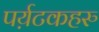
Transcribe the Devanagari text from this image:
पर्य़टकहरु